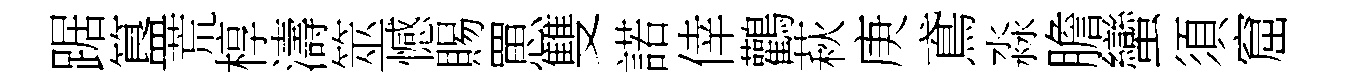
踞簋荒椁濤筮憾賜罳雙諾倖鸛萩庚鳶淼膽蠻須窟